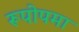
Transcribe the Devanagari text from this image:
रूपोपमा